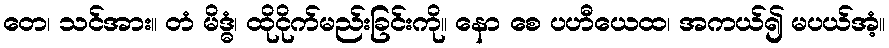
တေ၊ သင်အား။ တံ မိဒ္ဓံ၊ ထိုငိုက်မည်းခြင်းကို။ နော စေ ပဟီယေထ၊ အကယ်၍ မပယ်အံ့။